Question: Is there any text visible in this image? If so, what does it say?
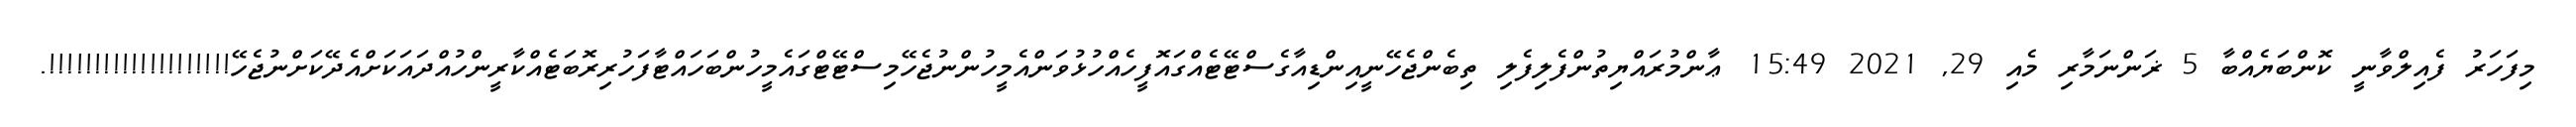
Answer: މިފަހަރު ފެއިލްވާނީ ކޮންބަޔެއްބާ 5 ޜަންނަމާރި މެއި 29, 2021 15:49 ޢާންމުރައްޔިތުންފެލިފެލި ތިބެންޖެހޭނީއިންޑިއާގެސްޓޭޓެއްގައޮފީހެއްހުޅުވަންއެމީހުންނުޖެހޭމިސްޓޭޓްގައެމީހުންބަހައްޓާފަހުރިރޮބަޓެއްކާރީންހުއްދައަކަށްއެދޭކަށްނުޖެހޭ!!!!!!!!!!!!!!!!!!!!.